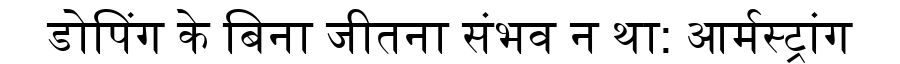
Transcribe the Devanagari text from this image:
डोपिंग के बिना जीतना संभव न था: आर्मस्ट्रांग